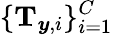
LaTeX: \{ \mathbf{T}_{\boldsymbol{y},i}\} _{i=1}^{C}